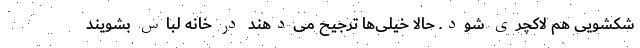
شکشویی هم لاکچری شود. حالا خیلی‌ها ترجیح می‌دهند در خانه لباس بشویند